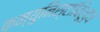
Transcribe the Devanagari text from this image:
कम्युनिस्टांविरूद्ध